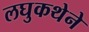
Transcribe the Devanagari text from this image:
लघुकथेने